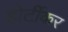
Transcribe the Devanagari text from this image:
होर्टीकर